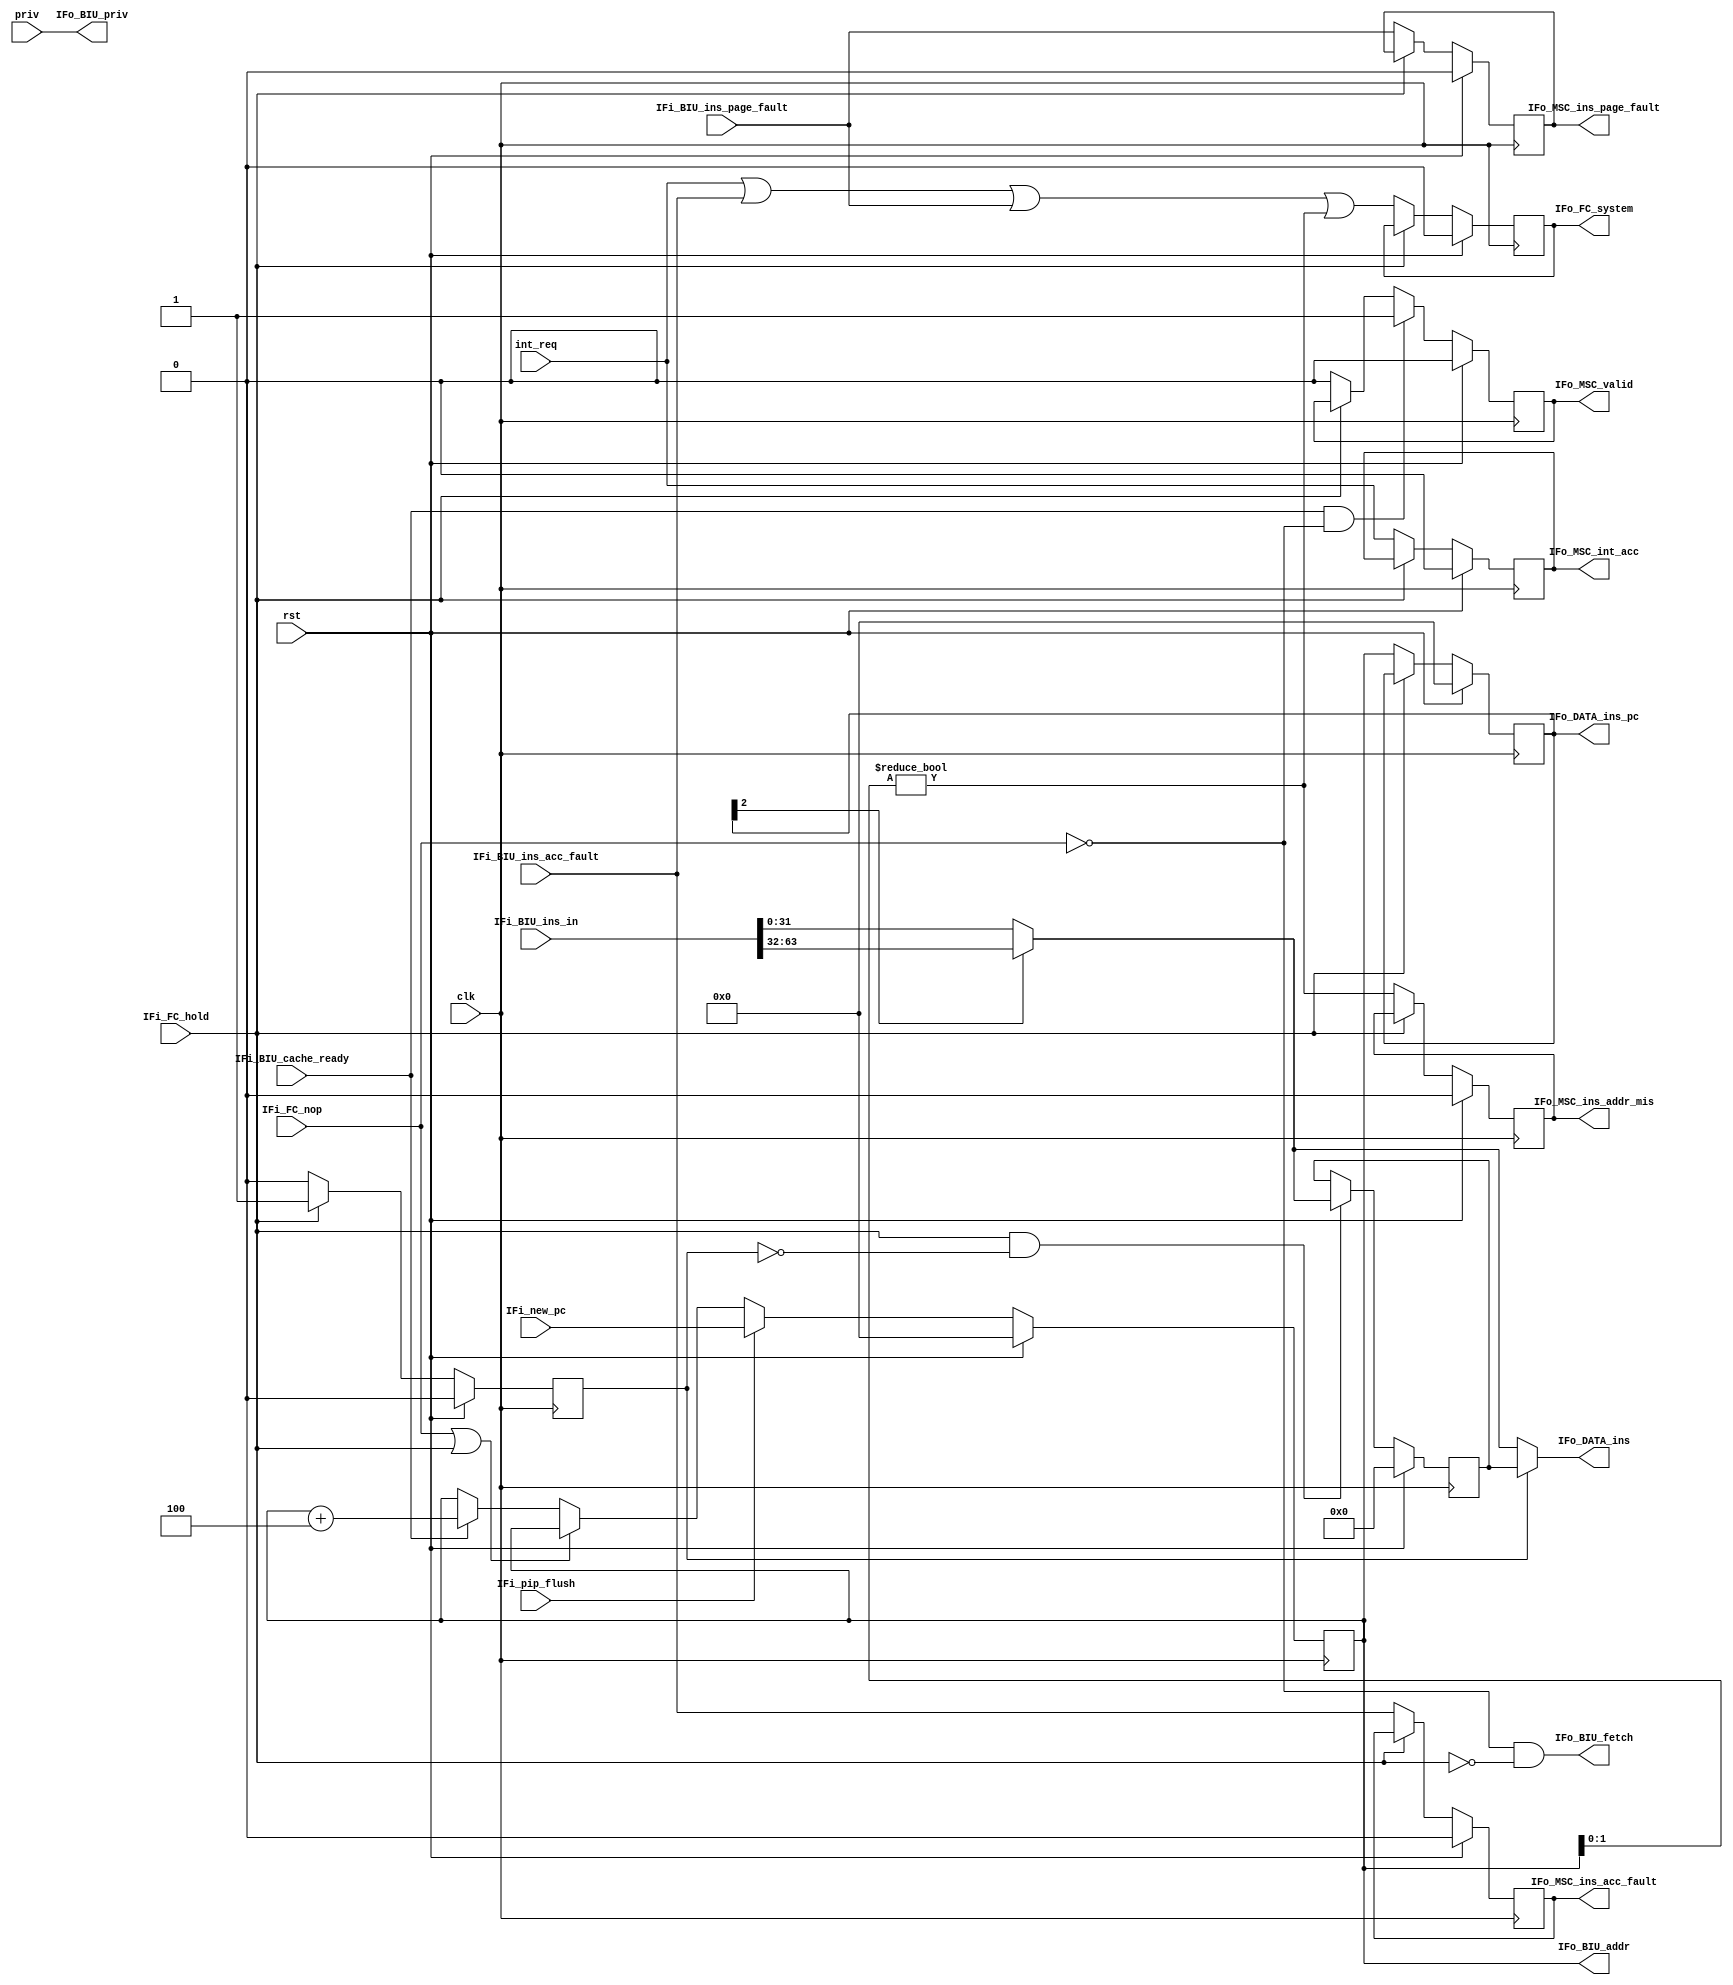
module ins_fetch(

input wire clk,
input wire rst,
input wire [3:0]priv,		//

//
input wire int_req,			//1,IF
//pip
//
input wire IFi_FC_hold,			//if
input wire IFi_FC_nop,				//if
//
input wire IFi_pip_flush,
input wire [63:0]IFi_new_pc,	//PC
//cache
//BIU
output wire [63:0]IFo_BIU_addr,
output wire IFo_BIU_fetch,				//
output wire [3:0]IFo_BIU_priv,			//
input wire [63:0]IFi_BIU_ins_in,
input wire IFi_BIU_ins_acc_fault, 		//
input wire IFi_BIU_ins_page_fault,		//
input wire IFi_BIU_cache_ready,			//cache

/*

*/

//ID
//
output wire [31:0]IFo_DATA_ins,
//PC
output reg [63:0]IFo_DATA_ins_pc,
//MSC Machine State Contral
//
output reg IFo_MSC_ins_acc_fault,	//
output reg IFo_MSC_ins_addr_mis, 	//
output reg IFo_MSC_ins_page_fault,	//
output reg IFo_MSC_int_acc,			//
output reg IFo_MSC_valid,			//
//
output reg IFo_FC_system


);
parameter pc_rst = 64'h0000_0000_0000_0000;	//pc,

reg hold;		//Hold

reg [31:0]ins_hold;			//ins

reg [63:0]pc;
wire addr_mis;				//PC

wire [31:0]ins_shift;		//


assign addr_mis = (pc[1:0]!=2'b00);

assign ins_shift= IFo_DATA_ins_pc[2] ? IFi_BIU_ins_in[63:32] : IFi_BIU_ins_in[31:0];


//pc
//pip_flushpcpc_new
//nop_if,L1pc
always@(posedge clk)begin
	if(rst)begin
		pc <= pc_rst;
	end
	else if(IFi_pip_flush)begin
		pc <= IFi_new_pc;
	end
	else if(IFi_FC_nop | IFi_FC_hold)begin
		pc <= pc;
	end
	else begin
		pc <= (IFi_BIU_cache_ready) ? pc + 64'd4 : pc;
	end
end

always@(posedge clk)begin
	if(rst)begin
		IFo_DATA_ins_pc <= 64'b0;
	end
	else if(IFi_FC_hold)begin
		IFo_DATA_ins_pc <= IFo_DATA_ins_pc;
	end
	else begin
		IFo_DATA_ins_pc <= pc;
	end
end

always@(posedge clk)begin
	if(rst)begin
		ins_hold <= 32'b0;
	end
	else if(IFi_FC_hold & !hold)begin
		ins_hold <= ins_shift;
	end
end
/*
Hold 
*/
always@(posedge clk)begin
	if(rst)begin
		hold <= 1'b0;
	end
	else if(hold==1'b0)begin
		hold <= IFi_FC_hold ? 1'b1 : hold;
	end
	else if(hold==1'b1)begin
		hold <= !IFi_FC_hold ? 1'b0 : hold;
	end
end

//
always@(posedge clk)begin
	if(rst)begin
		IFo_MSC_ins_acc_fault <= 1'b0;
		IFo_MSC_ins_page_fault<= 1'b0;
		IFo_MSC_ins_addr_mis  <= 1'b0;
		IFo_MSC_int_acc		  <= 1'b0;
		IFo_FC_system		  <= 1'b0;
	end
	else if(IFi_FC_hold)begin
		IFo_MSC_ins_acc_fault <= IFo_MSC_ins_acc_fault;
		IFo_MSC_ins_page_fault<= IFo_MSC_ins_page_fault;
		IFo_MSC_ins_addr_mis  <= IFo_MSC_ins_addr_mis;
		IFo_MSC_int_acc       <= IFo_MSC_int_acc;
		IFo_FC_system		  <= IFo_FC_system;
	end
	else begin
		IFo_MSC_ins_acc_fault <= IFi_BIU_ins_acc_fault;
		IFo_MSC_ins_page_fault<= IFi_BIU_ins_page_fault;
		IFo_MSC_ins_addr_mis  <= addr_mis;
		IFo_MSC_int_acc       <= int_req;
		IFo_FC_system		  <= int_req | IFi_BIU_ins_acc_fault | IFi_BIU_ins_page_fault | addr_mis;
	end
end

//
//valid
always@(posedge clk)begin
	if(rst)begin
		IFo_MSC_valid <= 1'b0;
	end
	else if(IFi_BIU_cache_ready & !IFi_FC_nop)begin
		IFo_MSC_valid <= 1'b1;
	end
	else if(IFi_FC_hold)begin
		IFo_MSC_valid <= IFo_MSC_valid;
	end
	else begin
		IFo_MSC_valid <= 1'b0;
	end
end

assign IFo_DATA_ins 	= hold?ins_hold:ins_shift;
assign IFo_BIU_priv			= priv;
assign IFo_BIU_addr			= pc;
assign IFo_BIU_fetch		= !IFi_FC_nop & !IFi_FC_hold;


endmodule